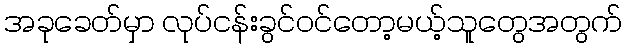
အခုခေတ်မှာ လုပ်ငန်းခွင်ဝင်တော့မယ့်သူတွေအတွက်